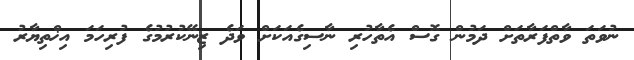
ނުވަތަ ވާތްފަރާތަށް ދަމުން ގޮސް އެތާހުރި ނާސިގެއަކަށް ވަދެ ޒިނޭކުރުމުގެ ފުރިހަމަ އިޚްތިޔާރު